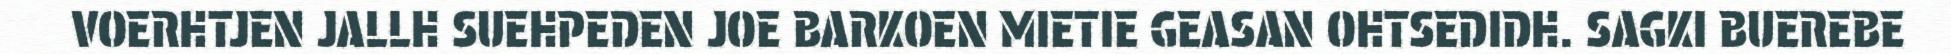
VOERHTJEN JALLH SUEHPEDEN JOE BARKOEN MIETIE GEASAN OHTSEDIDH. SAGKI BUEREBE